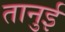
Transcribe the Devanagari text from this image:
तानुई